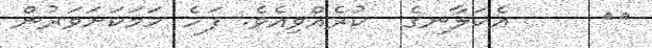
٨٠     އެކަލާނގެ  ކުރެއްވިއެވެ. ފަހެ ހަމަކަށަވަރުން